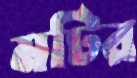
মটির